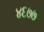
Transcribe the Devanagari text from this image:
४६७७